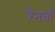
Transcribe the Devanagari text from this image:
रैनबॉ